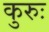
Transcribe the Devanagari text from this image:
कुरुः